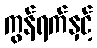
ကွန်ရက်နှင့်